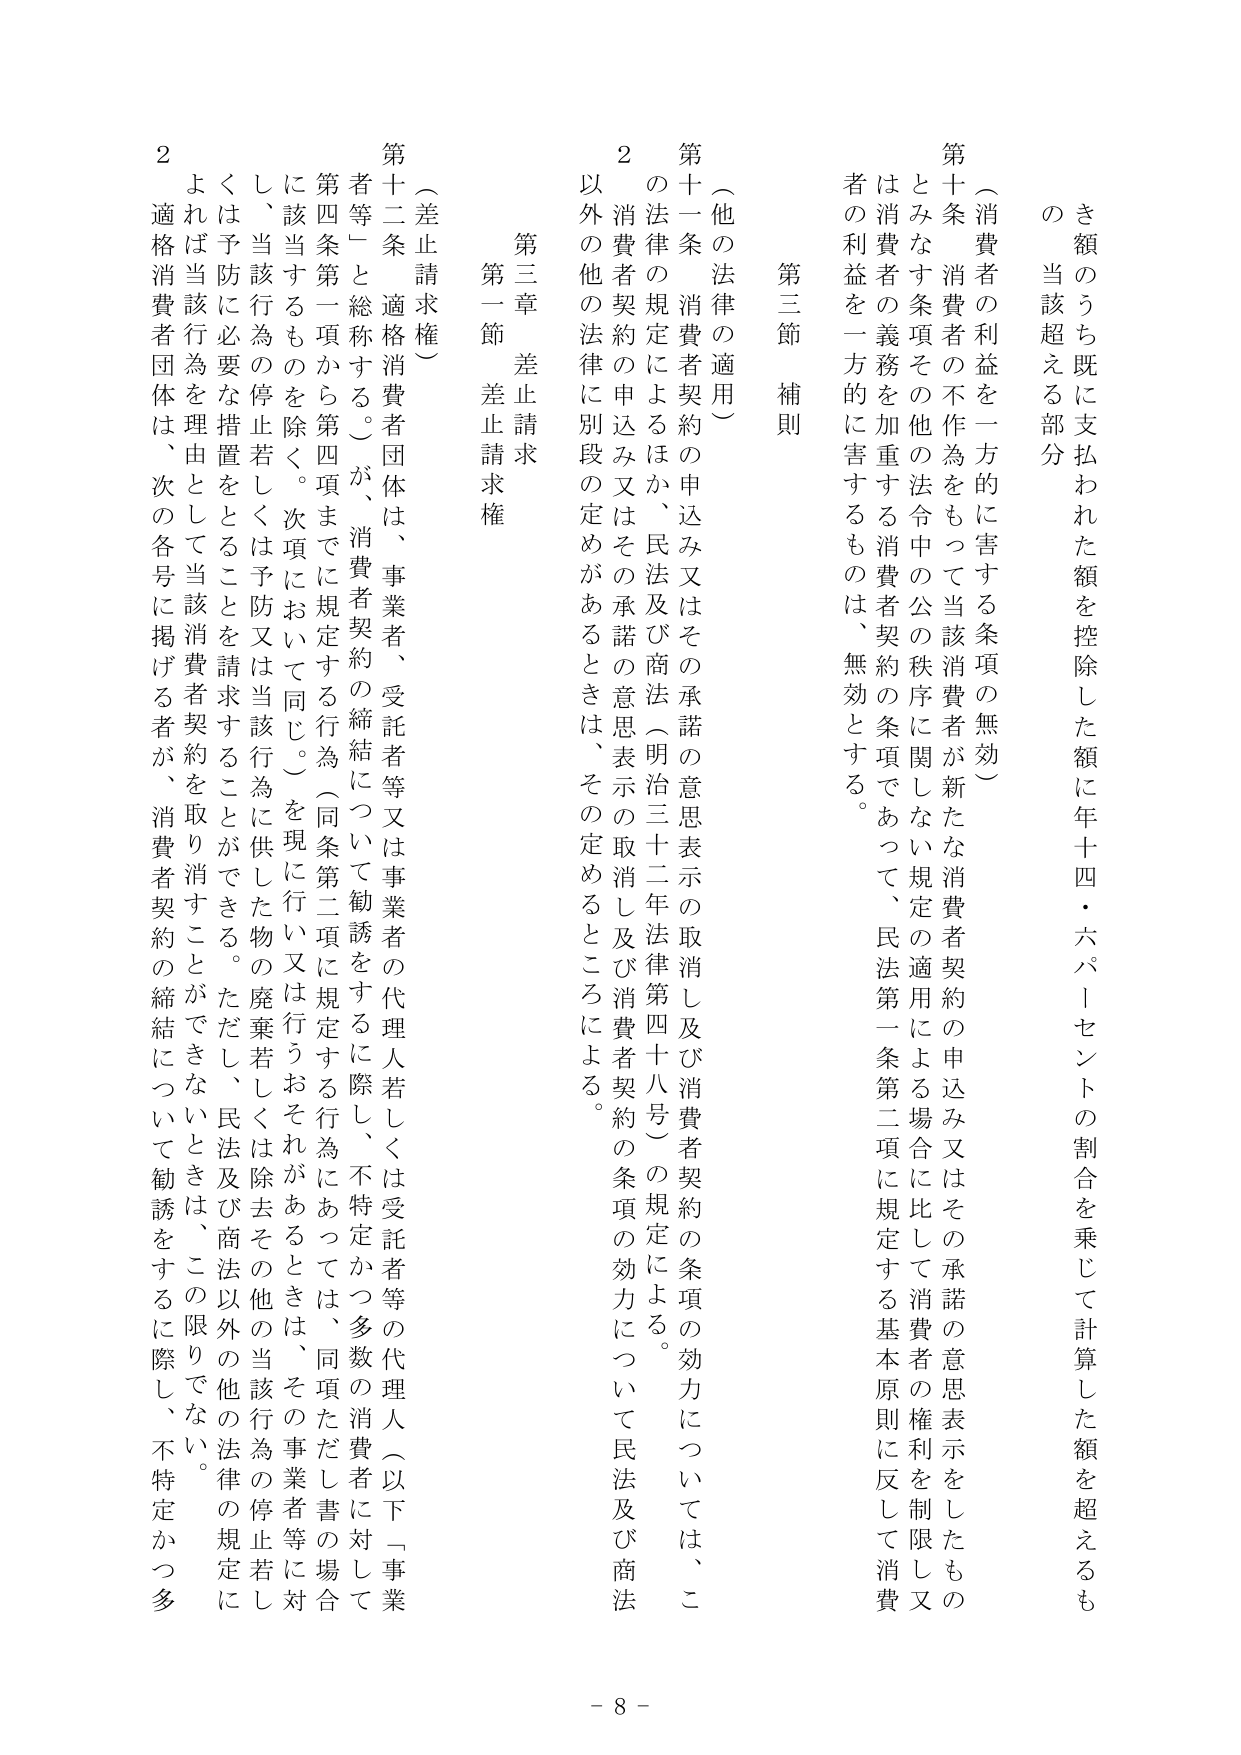
さ額のうち既に支払われた額を控除した額に年十四・六パーセントの割合を乗じて計算した額を超えるもの当該超える部分

（消費者の利益を一方的に害する条項の無効）

第十条 消費者の不作為をもって当該消費者が新たな消費者契約の申込み又はその承諾の意思表示をしたものとみなす条項その他法令中の公の秩序に関しない規定の適用による場合に比して消費者の権利を制限し又は消費者の義務を加重する消費者契約の条項であって、民法第一条第二項に規定する基本原則に反して消費者の利益を一方的に害するものは、無効とする。

第三節 補則

（他の法律の適用）

第十一条 消費者契約の申込み又はその承諾の意思表示の取消し及び消費者契約の条項の効力については、この法律の規定によるほか、民法及び商法（明治三十二年法律第四十八号）の規定による。

２ 消費者契約の申込み又はその承諾の意思表示の取消し及び消費者契約の条項の効力について民法及び商法以外の他の法律に別段の定めがあるときは、その定めるところによる。

第三章 差止請求

第一節 差止請求権

（差止請求権）

第十二条 適格消費者団体は、事業者、受託者等又は事業者の代理人若しくは受託者等の代理人（以下「事業者等」と総称する。）が、消費者契約の締結について勧誘をするに際し、不特定かつ多数の消費者に対して第四条第一項から第四項までに規定する行為（同条第二項に規定する行為にあっては、同項ただし書の場合に該当するものを除く。次項において同じ。）を現に行い又は行うおそれがあるときは、その事業者等に対して、当該行為の停止若しくは予防又は当該行為に供した物の廃棄若しくは除去その他当該行為の停止若しくは予防に必要な措置をとることを請求することができる。ただし、民法及び商法以外の他の法律の規定によれば当該行為を理由として当該消費者契約を取り消すことができないときは、この限りでない。

２ 適格消費者団体は、次の各号に掲げる者が、消費者契約の締結について勧誘をするに際し、不特定かつ多

- 8 -